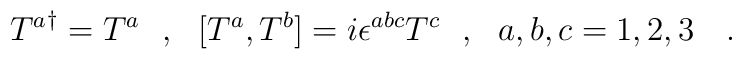
{T^a}^\dagger=T^a\ \ ,\ \ [T^a,T^b]=i\epsilon^{abc}T^c\ \ ,\ \ a,b,c=1,2,3\ \ \ .